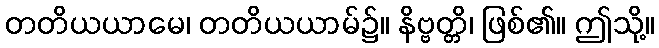
တတိယယာမေ၊ တတိယယာမ်၌။ နိဗ္ဗတ္တိ၊ ဖြစ်၏။ ဤသို့။